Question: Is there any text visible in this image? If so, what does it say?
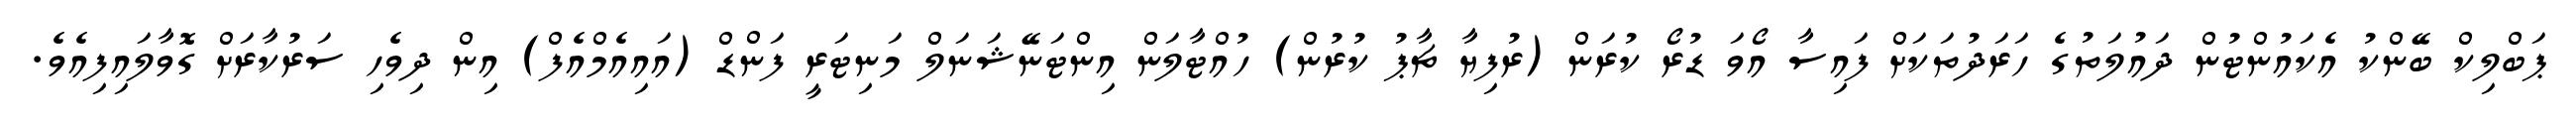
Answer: ޕަބްލިކް ބޭންކު އެކައުންޓުން ދައުލަތުގެ ހަރަދުތަކަށް ފައިސާ އޯވަ ޑުރޯ ކުރަން (ރުފިޔާ ޗާޕު ކުރުން) ހުއްޓާލަން އިންޓަނޭޝަނަލް މަނިޓަރީ ފަންޑް (އައިއެމްއެފް) އިން ދިވެހި ސަރުކާރަށް ގޮވާލައިފިއެވެ.